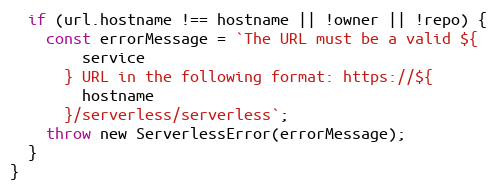
Language: JavaScript
  if (url.hostname !== hostname || !owner || !repo) {
    const errorMessage = `The URL must be a valid ${
        service
      } URL in the following format: https://${
        hostname
      }/serverless/serverless`;
    throw new ServerlessError(errorMessage);
  }
}